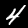
Digit: 4